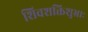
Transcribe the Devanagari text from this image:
शिवशक्तिशुभ्राः